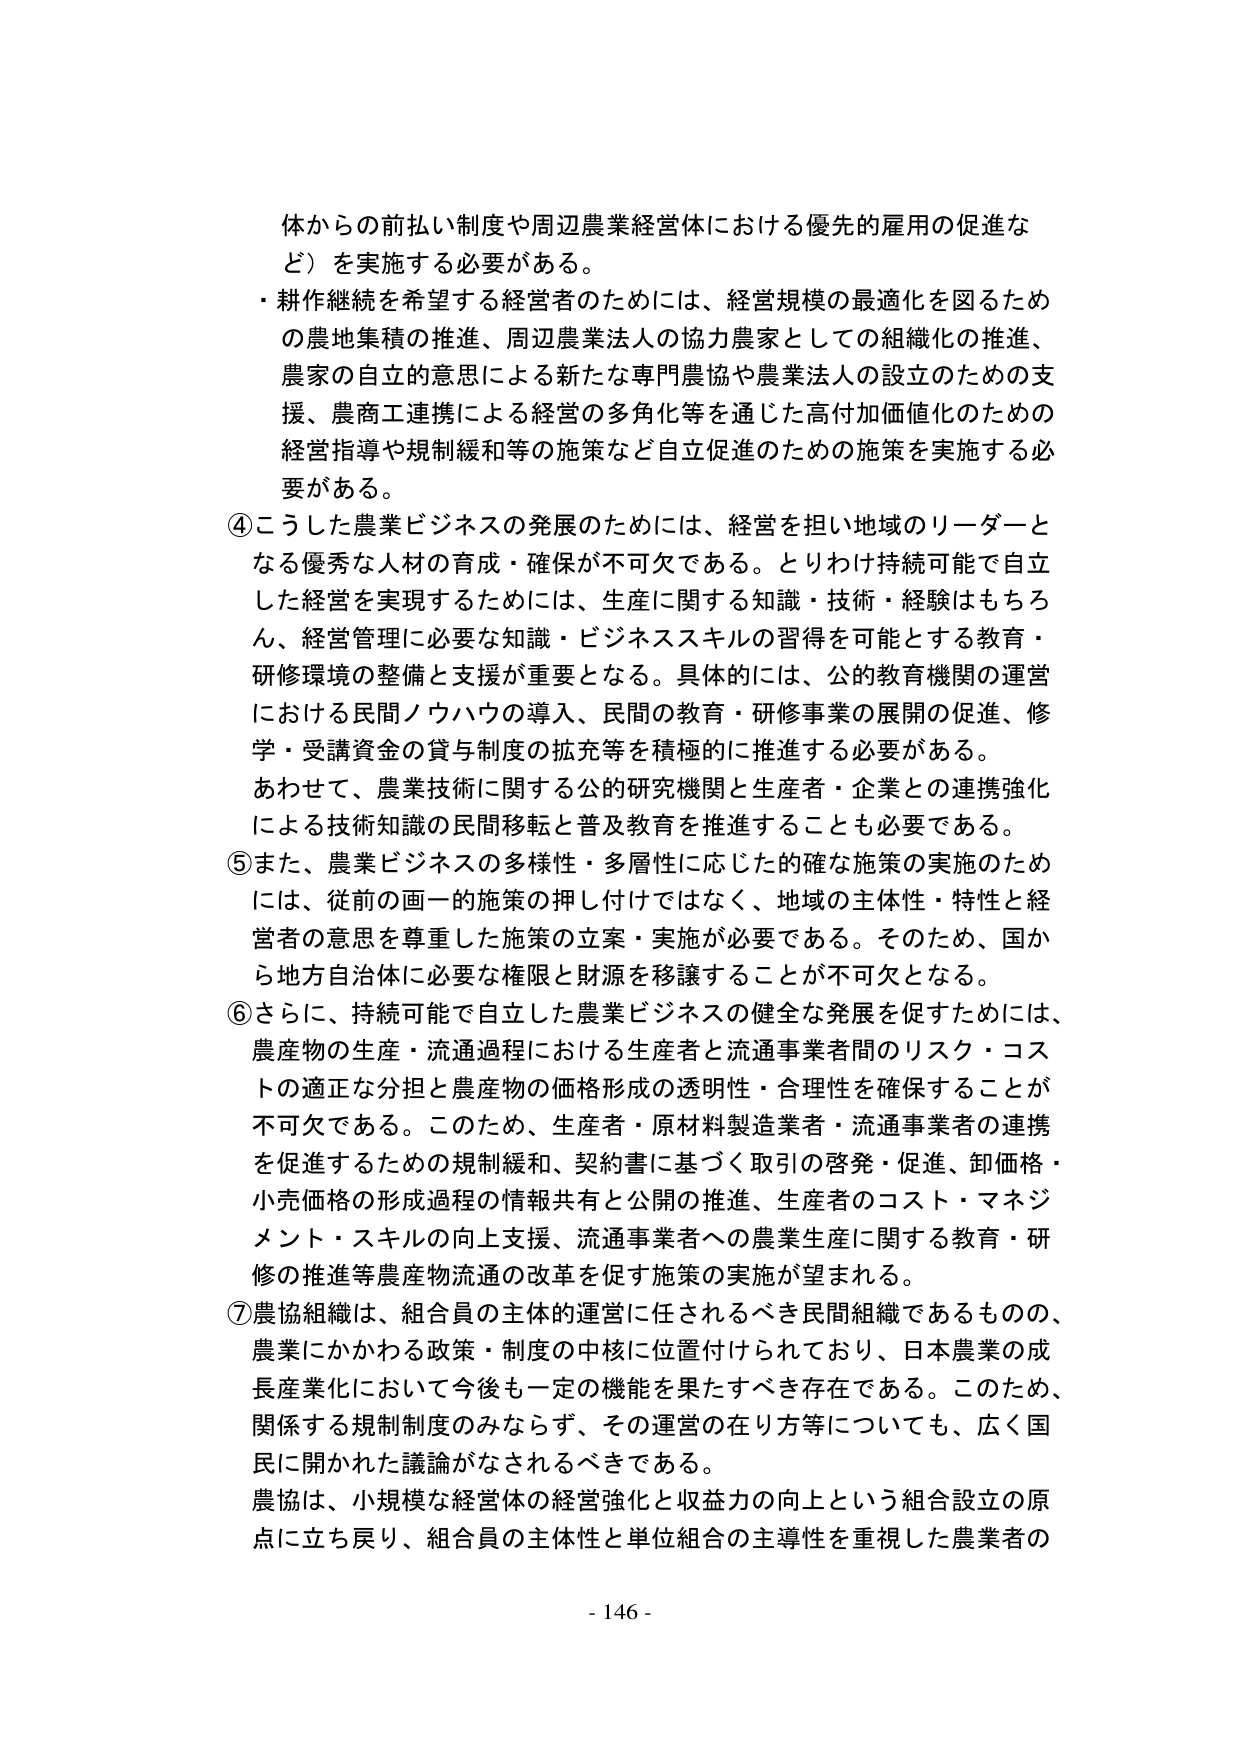
体からの前払い制度や周辺農業経営体における優先的雇用の促進など）を実施する必要がある。

・耕作継続を希望する経営者のためには、経営規模の最適化を図るための農地集積の推進、周辺農業法人の協力農家としての組織化の推進、農家の自立的意思による新たな専門農協や農業法人の設立のための支援、農商工連携による経営の多角化等を通じた高付加価値化のための経営指導や規制緩和等の施策など自立促進のための施策を実施する必要がある。

④こうした農業ビジネスの発展のためには、経営を担い地域のリーダーとなる優秀な人材の育成・確保が不可欠である。とりわけ持続可能で自立した経営を実現するためには、生産に関する知識・技術・経験はもちろん、経営管理に必要な知識・ビジネススキルの習得を可能とする教育・研修環境の整備と支援が重要となる。具体的には、公的教育機関の運営における民間ノウハウの導入、民間の教育・研修事業の展開の促進、修学・受講資金の貸与制度の拡充等を積極的に推進する必要がある。

あわせて、農業技術に関する公的研究機関と生産者・企業との連携強化による技術知識の民間移転と普及教育を推進することも必要である。

⑤また、農業ビジネスの多様性・多層性に応じた的確な施策の実施のためには、従前の画一的施策の押し付けではなく、地域の主体性・特性と経営者の意思を尊重した施策の立案・実施が必要である。そのため、国から地方自治体に必要な権限と財源を移譲することが不可欠となる。

⑥さらに、持続可能で自立した農業ビジネスの健全な発展を促すためには、農産物の生産・流通過程における生産者と流通事業者間のリスク・コストの適正な分担と農産物の価格形成の透明性・合理性を確保することが不可欠である。このため、生産者・原材料製造業者・流通事業者の連携を促進するための規制緩和、契約書に基づく取引の啓発・促進、卸価格・小売価格の形成過程の情報共有と公開の推進、生産者のコスト・マネジメント・スキルの向上支援、流通事業者への農業生産に関する教育・研修の推進等農産物流通の改革を促す施策の実施が望まれる。

⑦農協組織は、組合員の主体的運営に任されるべき民間組織であるものの、農業にかかわる政策・制度の中核に位置付けられており、日本農業の成長産業化において今後も一定の機能を果たすべき存在である。このため、関係する規制制度のみならず、その運営の在り方等についても、広く国民に開かれた議論がなされるべきである。

農協は、小規模な経営体の経営強化と収益力の向上という組合設立の原点に立ち戻り、組合員の主体性と単位組合の主導性を重視した農業者の

- 146 -